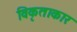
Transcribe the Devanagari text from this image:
विकृताकार